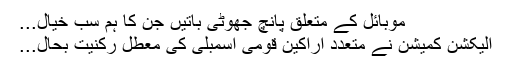
موبائل کے متعلق پانچ جھوٹی باتیں جن کا ہم سب خیال...
الیکشن کمیشن نے متعدد اراکین قومی اسمبلی کی معطل رکنیت بحال...